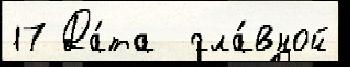
17 Да́та  гла́вной